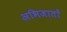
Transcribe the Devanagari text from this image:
अभिजातों